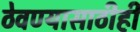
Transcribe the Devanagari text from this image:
ठेवण्यासाठीही